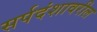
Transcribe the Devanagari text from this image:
सर्पदंशावरील